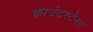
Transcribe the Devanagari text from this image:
काउंटरटेनर